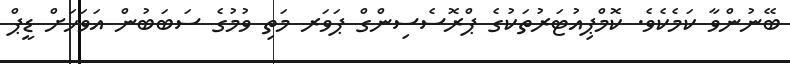
ބޭނުންވާ ކަމެކެވެ. ކޮމްޕިއުޓަރުތަކުގެ ޕްރޮސެސިންގް ޕަވަރ މަތި ވުމުގެ ސަބަބުން އަވަހަށް ޑީޕް